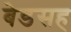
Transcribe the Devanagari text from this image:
बेडसह